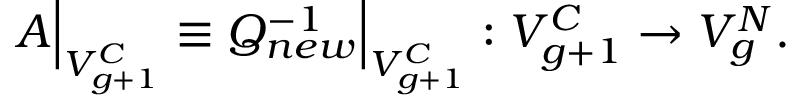
A \Bigr | _ { V _ { g + 1 } ^ { C } } \equiv Q _ { n e w } ^ { - 1 } \Bigr | _ { V _ { g + 1 } ^ { C } } : V _ { g + 1 } ^ { C } \to V _ { g } ^ { N } .